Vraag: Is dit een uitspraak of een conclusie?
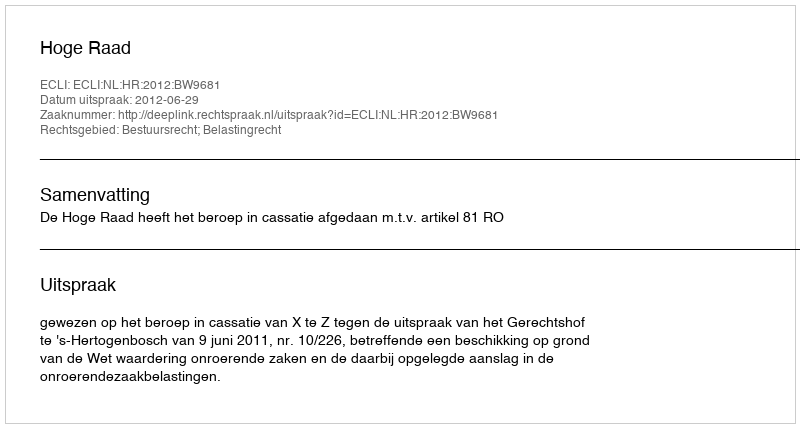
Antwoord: Uitspraak